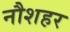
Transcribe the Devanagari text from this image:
नौशहर